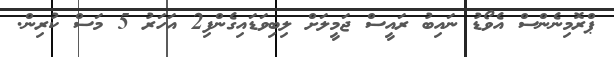
ޕްރޮމިނެންސް އެވޯޑު ނައިބު ރައީސް ޖަމީލަށް ލިބިވަޑައިގެންފި2 އަހަރު 5 މަސް ކުރިން.